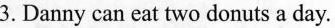
3. Danny can eat two do nuts a day.